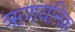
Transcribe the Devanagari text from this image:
ऋणयनिक